Vaccination in Bombay 1889-1901 - 1889-1901
Year: 1889
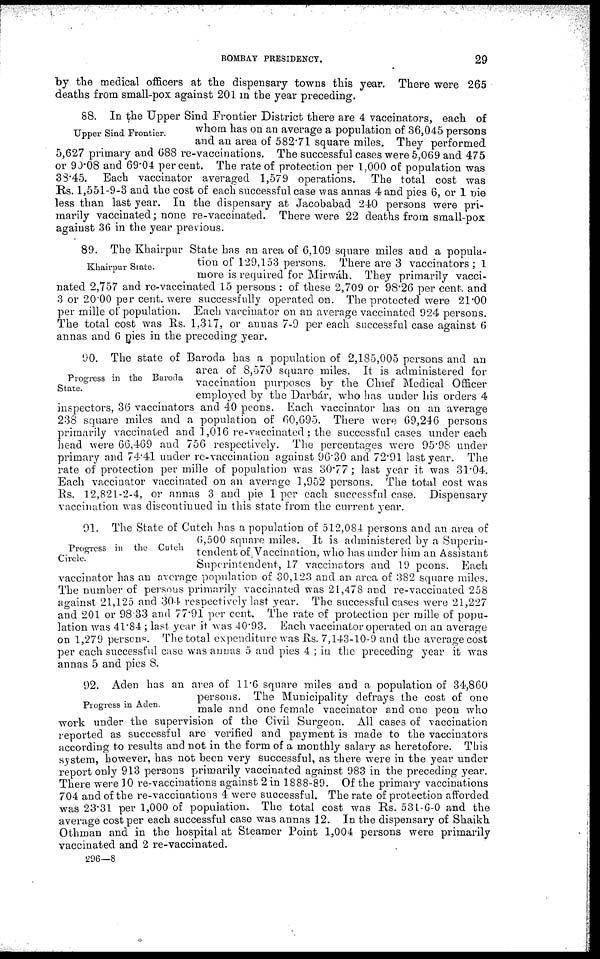
BOMBAY PRESIDENCY.
29
by the medical officers at the dispensary towns this year. There were 265
deaths from small-pox against 201 in the year preceding.
Upper Sind Frontier.
88. In the Upper Sind Frontier District there are 4 vaccinators, each of
whom has on an average a population of 36,045 persons
and an area of 582.71 square miles. They performed
5,627 primary and 688 re-vaccinations. The successful cases were 5,069 and 475
or 90.08 and 69.04 percent. The rate of protection per 1,000 of population was
38.45. Each vaccinator averaged 1,579 operations. The total cost was
Rs. 1,551-9-3 and the cost of each successful case was annas 4 and pies 6, or 1 pie
less than last year. In the dispensary at Jacobabad 240 persons were pri-
marily vaccinated; none re-vaccinated. There were 22 deaths from small-pox
against 36 in the year previous.
Khairpur State.
89. The Khairpur State has an area of 6,109 square miles and a popula-
tion of 129,153 persons. There are 3 vaccinators; 1
more is required for Mirwáh. They primarily vacci-
nated 2,757 and re-vaccinated 15 persons : of these 2,709 or 98.26 per cent. and
3 or 20.00 per cent. were successfully operated on. The protected were 21.00
per mille of population. Each vaccinator on an average vaccinated 924 persons.
The total cost was Rs. 1,317, or annas 7-9 per each successful case against 6
annas and 6 pies in the preceding year.
Progress in the Baroda
State.
90. The state of Baroda. has a population of 2,185,005 persons and an
area of 8,570 square miles. It is administered for
vaccination purposes by the Chief Medical Officer
employed by the Darbár, who has under his orders 4
inspectors, 36 vaccinators and 40 peons. Each vaccinator has on an average
238 square miles and a population of 60,695. There were 69,246 persons
primarily vaccinated and 1,016 re-vaccinated ; the successful cases under each
head were 66,469 and 756 respectively. The percentages were 95.98 under
primary and 74.41 under re-vaccination against 96.30 and 72.91 last year. The
rate of protection per mille of population was 30.77 ; last year it was 31.04.
Each vaccinator vaccinated on an average 1,952 persons. The total cost was
Rs. 12,821-2-4, or annas 3 and pie 1 per each successful case. Dispensary
vaccination was discontinued in this state from the current year.
Progress in the Cutch
Circle.
91. The State of Cutch has a population of 512,084 persons and an area of
6,500 square miles. It is administered by a Superin-
tendent of. Vaccination, who has under him an Assistant
Superintendent, 17 vaccinators and 19 peons. Each
vaccinator has an average population of 30,123 and an area of 382 square miles.
The number of persons primarily vaccinated was 21,478 and re-vaccinated 258
against 21,125 and 304 respectively last year. The successful cases were 21,227
and 201 or 98.33 and 77.91 per cent. The rate of protection per mille of popu-
lation was 41.84 ; last year it was 40.93. Each vaccinator operated on an average
on 1,279 persons. The total expenditure was Rs. 7,143-10-9 and the average cost
per each successful case was annas 5 and pies 4 ; in the preceding year it was
annas 5 and pies 8.
Progress in Aden.
92. Aden has an area of 11.6 square miles and a population of 34,860
persons. The Municipality defrays the cost of one
male and one female vaccinator and one peon who
work under the supervision of the Civil Surgeon. All cases of vaccination
reported as successful are verified and payment is made to the vaccinators
according to results and not in the form of a monthly salary as heretofore. This
system, however, has not been very successful, as there were in the year under
report only 913 persons primarily vaccinated against 983 in the preceding year.
There were 10 re-vaccinations against 2 in 1888-89. Of the primary vaccinations
704 and of the re-vaccinations 4 were successful. The rate of protection afforded
was 23.31 per 1,000 of population. The total cost was Rs. 531-6-0 and the
average cost per each successful case was annas 12. In the dispensary of Shaikh
Othman and in the hospital at Steamer Point 1,004 persons were primarily
vaccinated and 2 re-vaccinated.
296—8